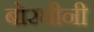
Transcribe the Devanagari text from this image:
बोरघीनी